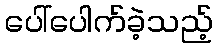
ပေါ်ပေါက်ခဲ့သည့်